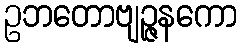
ဥဘတောဗျဉ္ဇနကော